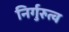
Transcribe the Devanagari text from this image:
निर्गुरुत्व